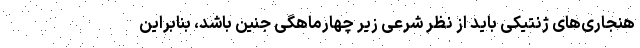
هنجاری‌های ژنتیکی باید از نظر شرعی زیر چهارماهگی جنین باشد، بنابراین